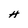
Character: H